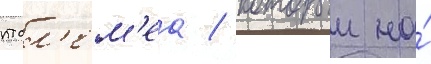
птол'ем'еа / которыи на́